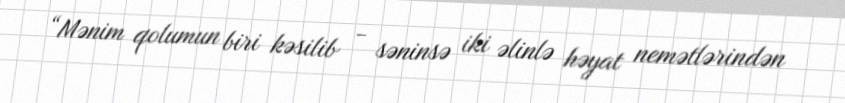
“Mənim qolumun biri kəsilib - səninsə iki əlinlə həyat nemətlərindən